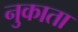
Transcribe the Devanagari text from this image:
नुकाता